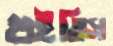
শুইতিস